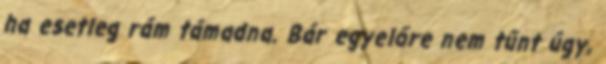
ha esetleg rám támadna. Bár egyelőre nem tűnt úgy,